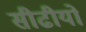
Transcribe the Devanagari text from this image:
सीढीयों